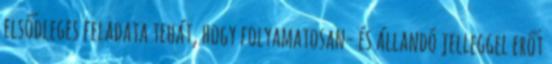
elsődleges feladata tehát, hogy folyamatosan- és állandó jelleggel erőt